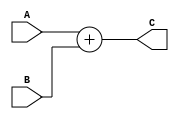
`timescale 1ns / 1ps
//////////////////////////////////////////////////////////////////////////////////
// Company: 
// Engineer: 
// 
// Design Name: 
// Module Name:    ADD32 
// Project Name: 
// Target Devices: 
// Tool versions: 
// Description: 
//
// Dependencies: 
//
// Revision: 
// Revision 0.01 - File Created
// Additional Comments: 
//
//////////////////////////////////////////////////////////////////////////////////
module ADD32(A, B, C);
	input 	[31:0] A;
	input 	[31:0] B;
	output 	[31:0] C;

	assign C = A + B;

endmodule